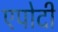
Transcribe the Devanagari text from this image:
एपोदी